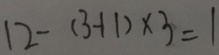
1 2 - ( 3 - 1 1 ) \times 3 = 1